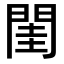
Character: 閨